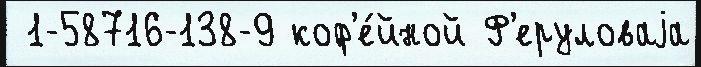
 1-58716-138-9 коф'е́йной Ф'еруловаjа